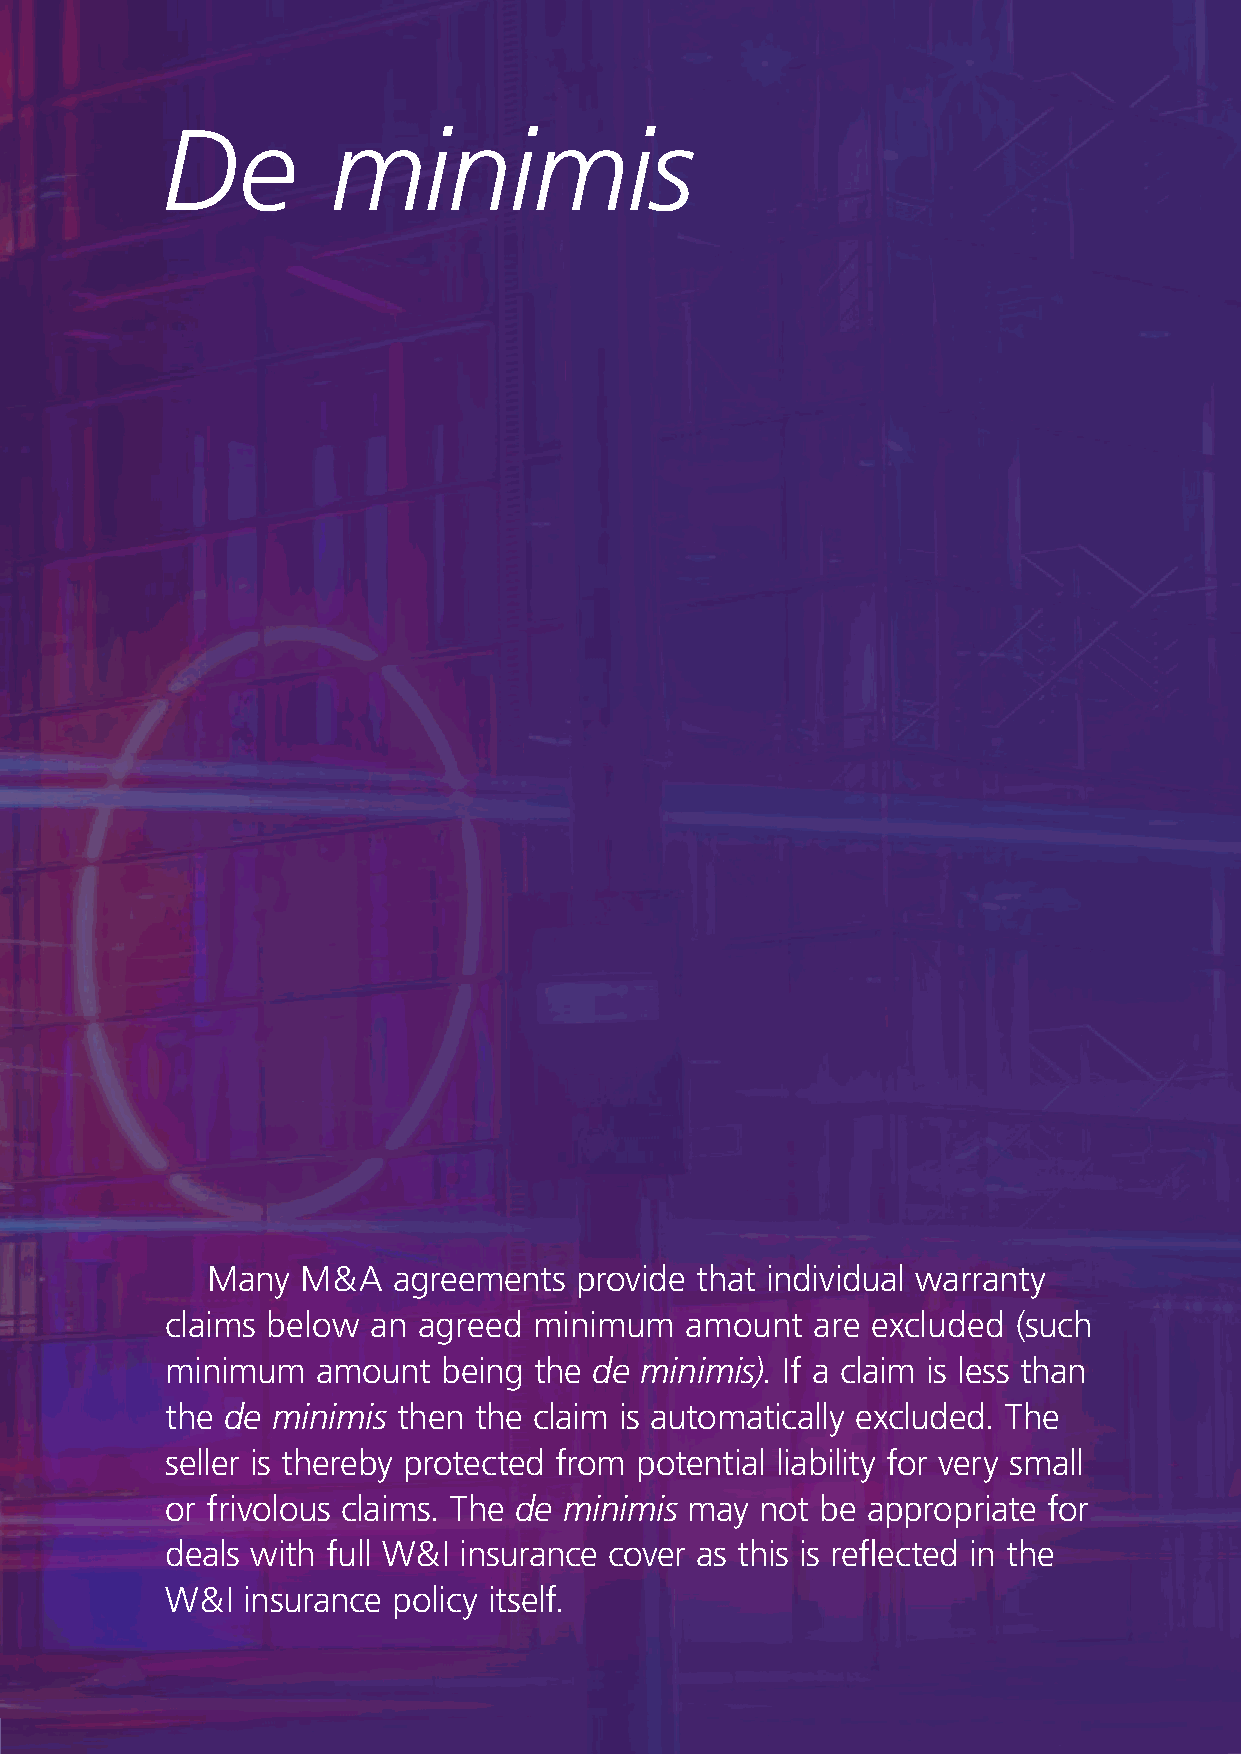
De         minimis
 Many  M & A agreements  provide that individual warranty
 claims below  an agreed minimum   amount   are excluded (such
 minimum   amount  being the de minimis). If a claim is less than
 the de minimis then the claim is automatically excluded. The
 seller is thereby protected from potential liability for very small
 or frivolous claims. The de minimis may not be appropriate for
 deals with full W & I insurance cover as this is reflected in the
 W & I insurance policy itself.